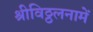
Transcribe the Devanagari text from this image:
श्रीविठ्ठलनामें